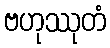
ဗဟုဿုတံ